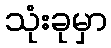
သုံးခုမှာ